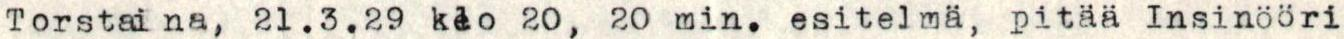
Torstai na, 21.3.29 klo 20, 20 min. esitelmä, pitää Insinööri